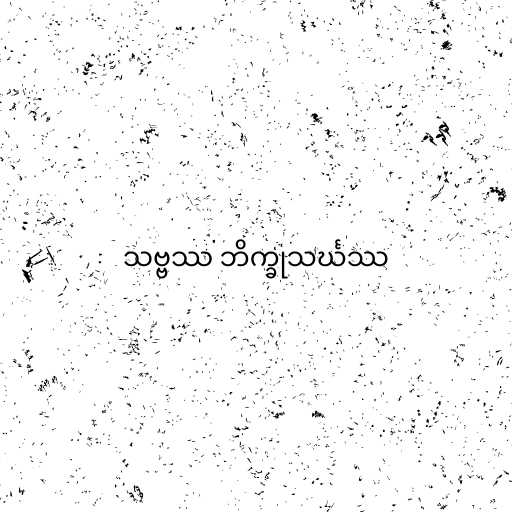
သဗ္ဗဿ ဘိက္ခုသင်္ဃဿ